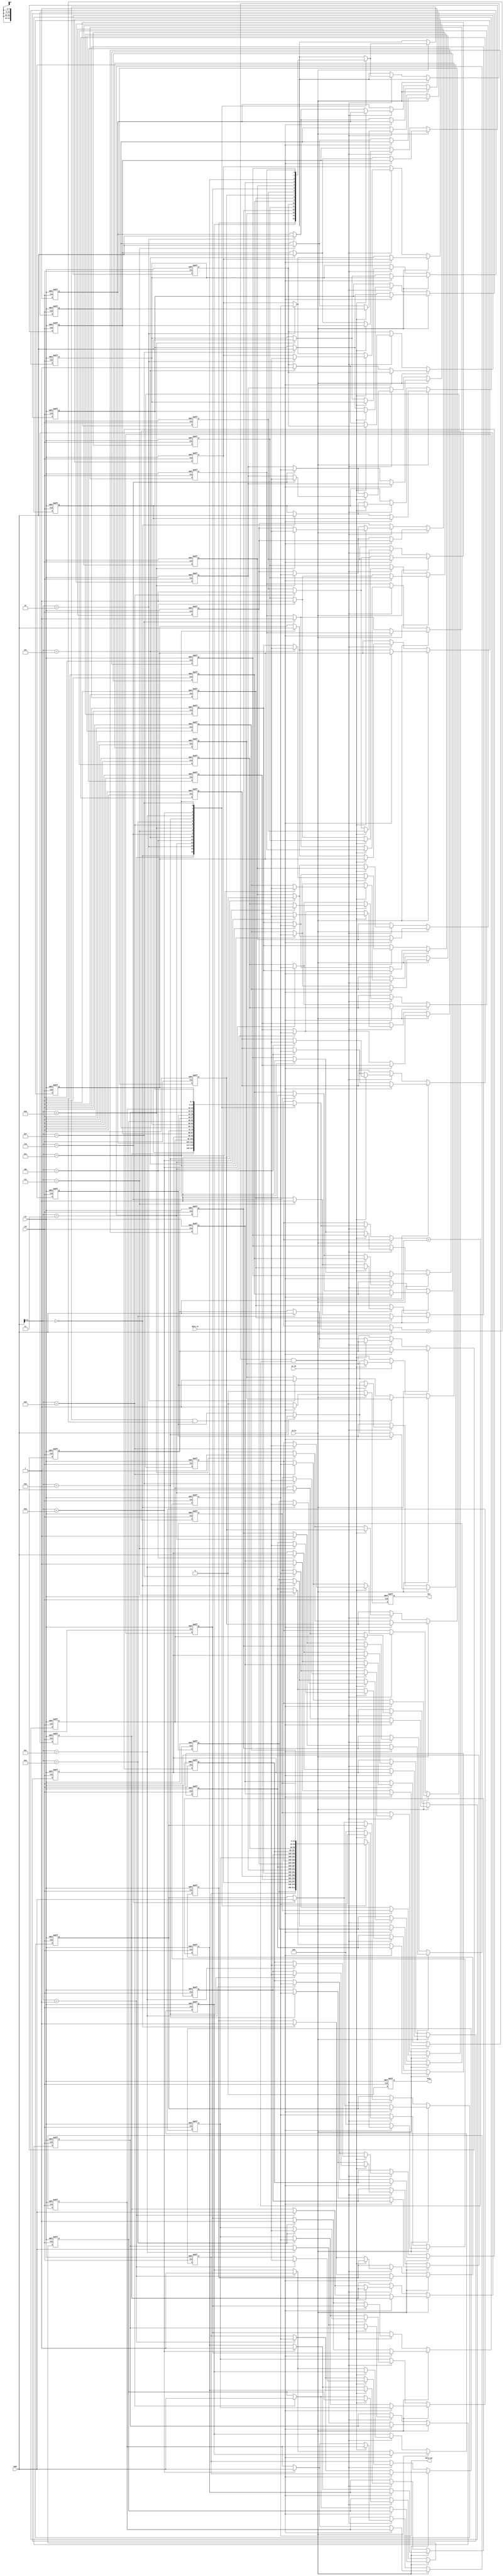
module WriteBackCache #(
    parameter CACHE_SIZE = 16,        // Number of cache lines
    parameter LINE_SIZE = 32,         // Size of each line (in bits)
    parameter ADDR_WIDTH = 8           // Address width (for simplicity, can be adjusted)
)(
    input wire clk,
    input wire rst,
    input wire [ADDR_WIDTH-1:0] addr, // Address input
    input wire [LINE_SIZE-1:0] data_in, // Data to write
    input wire wr_en,                 // Write enable
    input wire rd_en,                 // Read enable
    output reg [LINE_SIZE-1:0] data_out, // Data output
    output reg hit,                   // Cache hit indicator
    output reg busy                   // Indicate if the cache is busy
);

    // Cache line structure
    reg [LINE_SIZE-1:0] cache_data [0:CACHE_SIZE-1];
    reg [ADDR_WIDTH-1:0] cache_tag [0:CACHE_SIZE-1];
    reg dirty [0:CACHE_SIZE-1];
    reg valid [0:CACHE_SIZE-1];

    // Cache controller variables
    reg [ADDR_WIDTH-1:0] index; // Cache index
    reg [ADDR_WIDTH-1:0] tag;   // Tag for address comparison
    integer i;

    // Address decoder
    always @(*) begin
        index = addr[ADDR_WIDTH-1:0]; // Simple index extraction
        tag = addr[ADDR_WIDTH-1:0];   // In a real design, split tag and index accordingly
    end
    
    // Cache operation
    always @(posedge clk or posedge rst) begin
        if (rst) begin
            // Initialize cache
            for (i = 0; i < CACHE_SIZE; i = i + 1) begin
                cache_data[i] <= 0;
                cache_tag[i] <= 0;
                dirty[i] <= 0;
                valid[i] <= 0;
            end
            data_out <= 0;
            hit <= 0;
            busy <= 0;
        end else begin
            busy <= 1;
            hit <= 0;

            if (rd_en) begin
                // Read operation
                if (valid[index] && (cache_tag[index] == tag)) begin
                    // Cache hit
                    data_out <= cache_data[index];
                    hit <= 1;
                end else begin
                    // Cache miss: Fetch from main memory (not implemented)
                    // Simulate fetching from memory
                    data_out <= 0; // Placeholder for memory data
                    cache_data[index] <= data_out; // Store in cache
                    cache_tag[index] <= tag;
                    valid[index] <= 1;
                    dirty[index] <= 0; // Data is not modified yet
                end
            end else if (wr_en) begin
                // Write operation
                if (valid[index] && (cache_tag[index] == tag)) begin
                    // Cache hit
                    cache_data[index] <= data_in;
                    dirty[index] <= 1; // Mark as dirty
                end else begin
                    // Cache miss: Fetch from main memory (not implemented)
                    // Simulate fetching from memory
                    data_out <= 0; // Placeholder for memory data
                    cache_data[index] <= data_out; // Store in cache
                    cache_tag[index] <= tag;
                    valid[index] <= 1;
                    dirty[index] <= 1; // Mark as dirty after write
                end
            end
            
            busy <= 0;
        end
    end

    // Eviction logic (not fully implemented; would need more context)
    // This would be where you would handle writing back dirty lines to main memory

endmodule